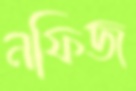
নফিজ